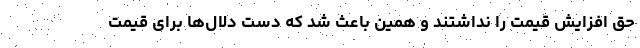
حق افزایش قیمت را نداشتند و همین باعث شد که دست دلال‌ها برای قیمت